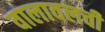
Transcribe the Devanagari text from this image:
वालावलची